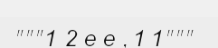
"""1 2 e e , 1 1"""